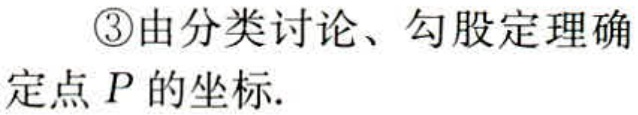
\textcircled{3}由分类讨论、勾股定理确定点 \(P\) 的坐标.